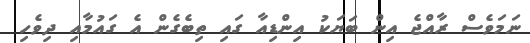
ނަމަވެސް ރާއްޖެ އިން ބަޔަކު އިންޑިއާ ގައި ތިބެގެން އެ ގައުމާއި ދިވެހި